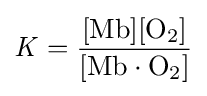
{\ce {\it {{K}={\rm {\frac {[Mb][O_{2}]}{[Mb\cdot O_{2}]}}}}}}